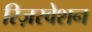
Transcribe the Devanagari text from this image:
रिज़रवेशन